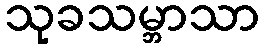
သုခသမ္ဘာသာ